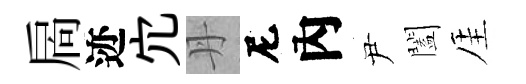
扄迹宂丹尼內尹闔厓